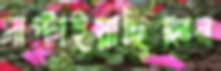
সাপ্‌টাইয়াছিলেন